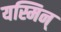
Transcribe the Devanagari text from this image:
यस्मिन्‌